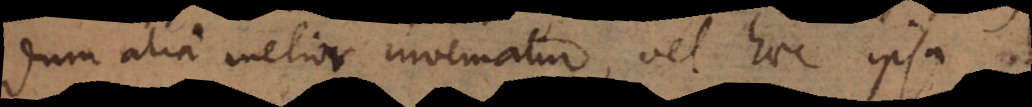
dum alia melior inveniatur, vel haec ipsa